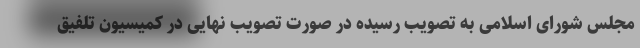
مجلس شورای اسلامی به تصویب رسیده در صورت تصویب نهایی در کمیسیون تلفیق